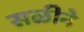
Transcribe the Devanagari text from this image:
सळीने